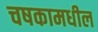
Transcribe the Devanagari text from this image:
चषकामधील